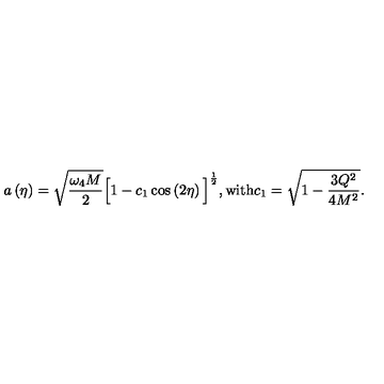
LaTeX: a \left( \eta \right) = \sqrt { \frac { \omega _ { 4 } M } { 2 } } \Big [ 1 - c _ { 1 } \cos \left( 2 \eta \right) \Big ] ^ { \frac { 1 } { 2 } } , \mathrm { w i t h } c _ { 1 } = \sqrt { 1 - { \frac { 3 Q ^ { 2 } } { 4 M ^ { 2 } } } } .